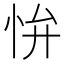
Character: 𭜢